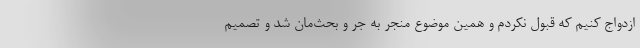
ازدواج کنیم که قبول نکردم و همین موضوع منجر به جر و بحث‌مان شد و تصمیم